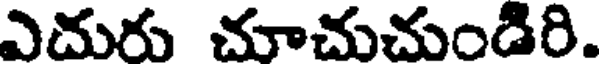
ఎదురు చూచుచుండిరి.